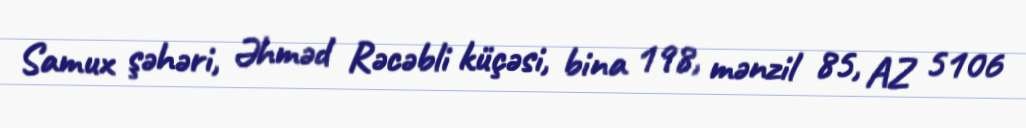
Samux şəhəri, Əhməd Rəcəbli küçəsi, bina 198, mənzil 85, AZ 5106